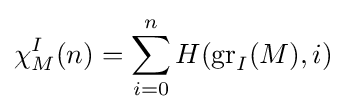
\chi _{M}^{I}(n)=\sum _{i=0}^{n}H(\operatorname {gr} _{I}(M),i)